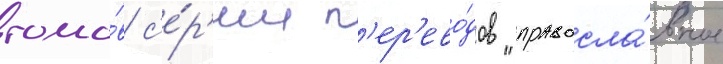
томо́в с'е́р'ии п'ер'ево́дов "правосла́вное